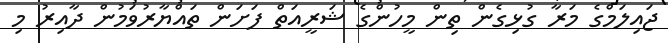
ޖައިލަމްގެ މަރާ ގުޅިގެން ތިން މީހުންގެ ޝަރީއަތް ފަށަން ތައްޔާރުވަމުން ދާއިރު މި